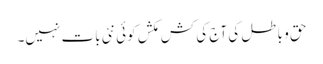
حق و باطل کی آج کی کش مکش کوئی نئی بات نہیں۔